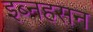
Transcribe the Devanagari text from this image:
इब्नहसन